Report of the Indian Hemp Drugs Commission, 1894-1895 - Volume IV
Year: 1894
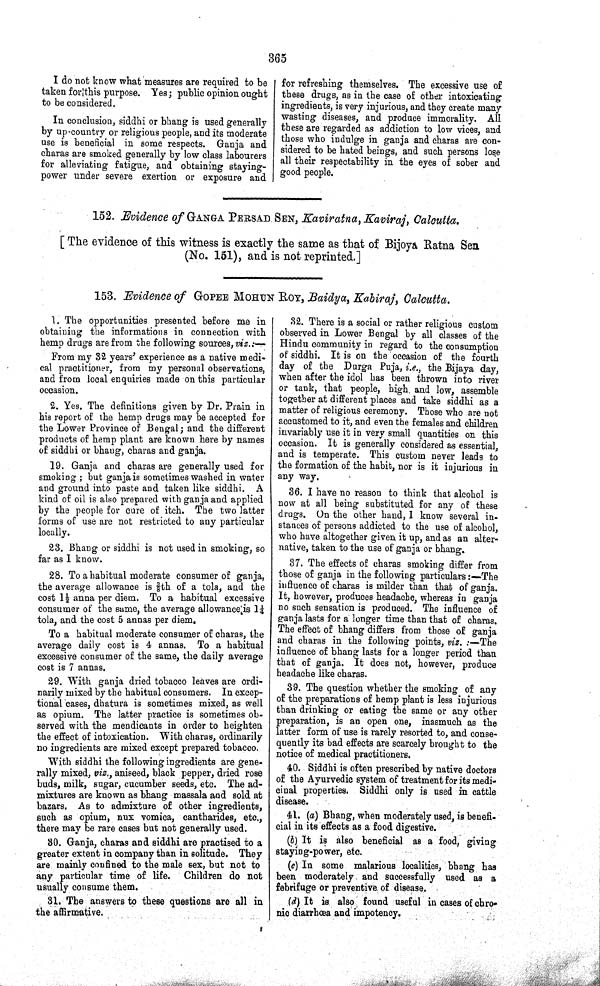
365
I do not know what measures are required to be
taken for this purpose. Yes; public opinion ought
to be considered.
In conclusion, siddhi or bhang is used generally
by up-country or religious people, and its moderate
use is beneficial in some respects. Ganja and
charas are smoked generally by low class labourers
for alleviating fatigue, and obtaining staying-
power under severe exertion or exposure and
for refreshing themselves. The excessive use of
these drugs, as in the case of other intoxicating
ingredients, is very injurious, and they create many
wasting diseases, and produce immorality. All
these are regarded as addiction to low vices, and
those who indulge in ganja and charas are con
sidered to be hated beings, and such persons lose
all their respectability in the eyes of sober and
good people.
152. Evidence of GANGA PERSAD SEN, Kaviratna, Kaviraj, Calcutta.
[ The evidence of this witness is exactly the same as that of Bijoya Ratna Sen
(No. 151), and is not reprinted.]
153. Evidence of GOPEZE MOHUN ROY, Baidya, Kabiraj, Calcutta.
1. The opportunities presented before me in
obtaining the informations in connection with
hemp drugs are from the following sources, viz.:—
From my 32 years' experience as a native medi
cal practitioner, from my personal observations,
and from local enquiries made on this particular
occasion.
2. Yes. The definitions given by Dr. Prain in
his report of the hemp drugs may be accepted for
the Lower Province of Bengal; and the different
products of hemp plant are known here by names
of siddhi or bhang, charas and ganja.
19. Ganja and charas are generally used for
smoking; but ganja is sometimes washed in water
and ground into paste and taken like siddhi. A
kind of oil is also prepared with ganja and applied
by the people for cure of itch. The two latter
forms of use are not restricted to any particular
locally.
23. Bhang or siddhi is not used in smoking, so
far as I know.
28. To a habitual moderate consumer of ganja,
the average allowance is ⅜th of a tola, and the
cost 1½ anna per diem. To a habitual excessive
consumer of the same, the average allowance is 1¼
tola, and the cost 5 annas per diem.
To a habitual moderate consumer of charas, the
average daily cost is 4 annas. To a habitual
excessive consumer of the same, the daily average
cost is 7 annas.
29. With ganja dried tobacco leaves are ordi
narily mixed by the habitual consumers. In excep
tional cases, dhatura is sometimes mixed, as well
as opium. The latter practice is sometimes ob
served with the mendicants in order to heighten
the effect of intoxication. With charas, ordinarily
no ingredients are mixed except prepared tobacco.
With siddhi the following ingredients are gene
rally mixed, viz., aniseed, black pepper, dried rose
buds, milk, sugar, cucumber seeds, etc. The ad
mixtures are known as bhang massala and sold at
bazars. As to admixture of other ingredients,
such as opium, nux vomica, cantharides, etc.,
there may be rare cases but not generally used.
30. Ganja, charas and siddhi are practised to a
greater extent in company than in solitude. They
are mainly confined to the male sex, but not to
any particular time of life. Children do not
usually consume them.
31. The answers to these questions are all in
the affirmative.
32. There is a social or rather religious custom
observed in Lower Bengal by all classes of the
Hindu community in regard to the consumption
of siddhi. It is on the occasion of the fourth
day of the Durga Puja, i.e., the Bijaya day,
when after the idol has been thrown into river
or tank, that people, high and low, assemble
together at different places and take siddhi as a
matter of religious ceremony. Those who are not
accustomed to it, and even the females and children
invariably use it in very small quantities on this
occasion. It is generally considered as essential,
and is temperate. This custom never leads to
the formation of the habit, nor is it injurious in
any way.
36. I have no reason to think that alcohol is
now at all being substituted for any of these
drugs. On the other hand, I know several in
stances of persons addicted to the use of alcohol,
who have altogether given it up, and as an alter
native, taken to the use of ganja or bhang.
37. The effects of charas smoking differ from
those of ganja in the following particulars:—The
influence of charas is milder than that of ganja.
It, however, produces headache, whereas in ganja
no such sensation is produced. The influence of
ganja lasts for a longer time than that of charas.
The effect of bhang differs from those of ganja
and charas in the following points, viz.:—The
influence of bhang lasts for a longer period than
that of ganja. It does not, however, produce
headache like charas.
39. The question whether the smoking of any
of the preparations of hemp plant is less injurious
than drinking or eating the same or any other
preparation, is an open one, inasmuch as the
latter form of use is rarely resorted to, and conse
quently its bad effects are scarcely brought to the
notice of medical practitioners.
40. Siddhi is often prescribed by native doctors
of the Ayurvedic system of treatment for its medi
cinal properties. Siddhi only is used in cattle
disease.
41. (a) Bhang, when moderately used, is benefi
cial in its effects as a food digestive.
(b) It is also beneficial as a food, giving
staying-power, etc.
(c) In some malarious localities, bhang has
been moderately and successfully used as a
febrifuge or preventive of disease.
(d) It is also found useful in cases of chro
nic diarrhœa and impotency.